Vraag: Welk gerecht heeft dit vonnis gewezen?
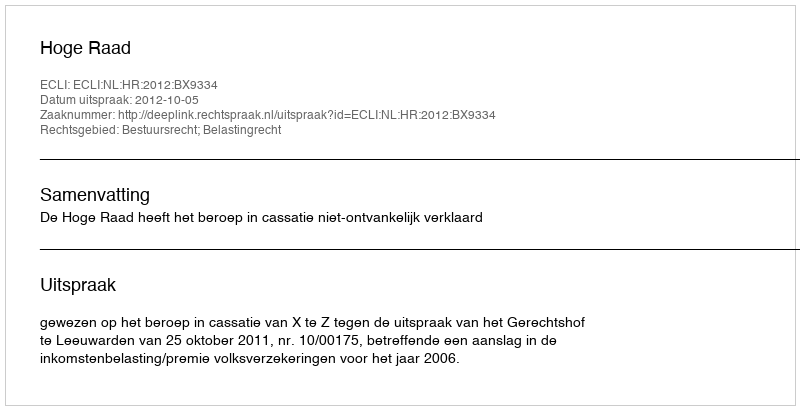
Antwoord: Hoge Raad